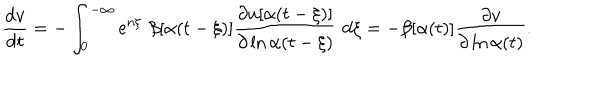
LaTeX: \frac { \mathrm { d } v } { \mathrm { d } t } = - \int _ { 0 } ^ { - \infty } \mathrm { e } ^ { n \xi } \, \, \beta [ \alpha ( t - \xi ) ] \frac { \partial u [ \alpha ( t - \xi ) ] } { \partial \ln \alpha ( t - \xi ) } \, \, \mathrm { d } \xi = - \beta [ \alpha ( t ) ] \frac { \partial v } { \partial \ln \alpha ( t ) } .